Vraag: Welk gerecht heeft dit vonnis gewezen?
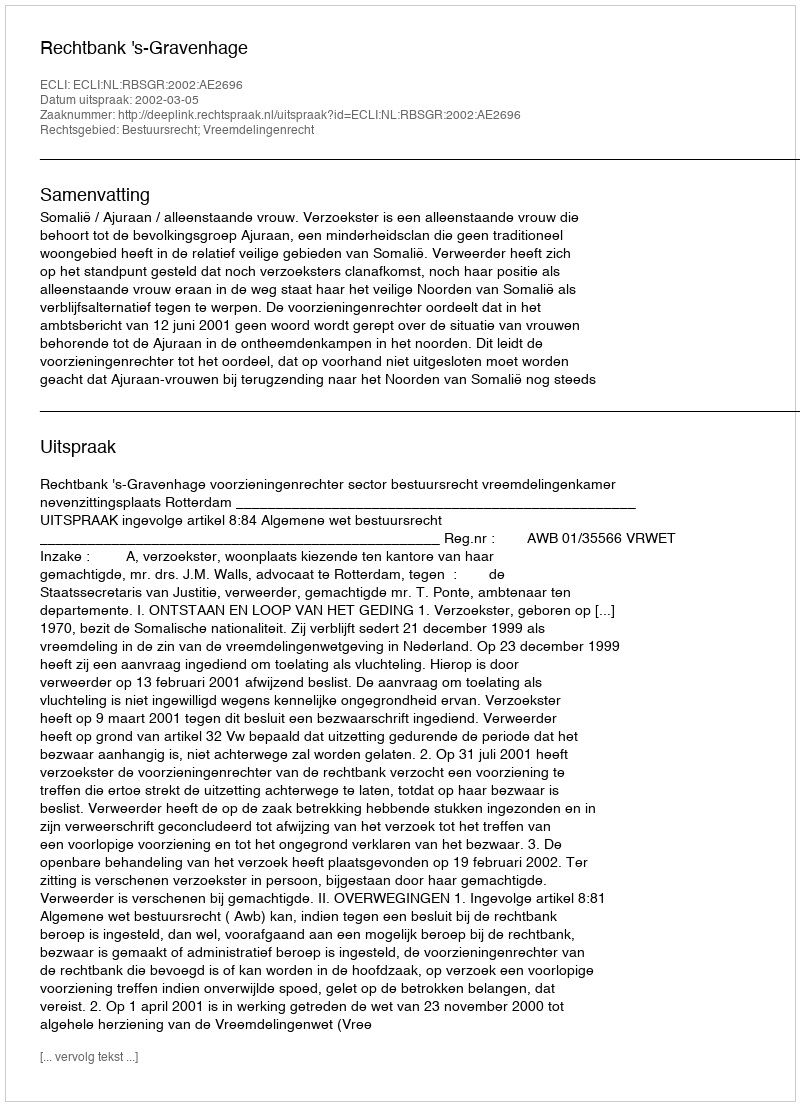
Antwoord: Rechtbank 's-Gravenhage